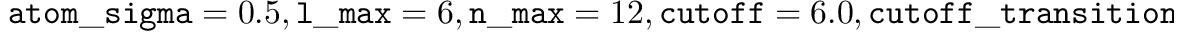
\mathtt { a t o m \_ s i g m a } = 0 . 5 , \mathtt { l \_ m a x } = 6 , \mathtt { n \_ m a x } = 1 2 , \mathtt { c u t o f f } = 6 . 0 , \mathtt { c u t o f f \_ t r a n s i t i o n \_ w i d t h } = 1 . 0 , \mathtt { d e l t a } = 0 . 2 , \mathtt { c o v a r i a n c e \_ t y p e } = \mathtt { d o t \_ p r o d u c t } , \mathtt { n \_ s p a r s e } = 1 0 0 0 , \mathtt { z e t a } = 4 , \mathtt { e n e r g y \_ s c a l e } = 1 . 0 , \mathtt { a t o m \_ g a u s s i a n \_ w i d t h } = 1 . 0